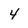
Character: 4